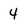
Character: 4